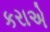
કરાએ